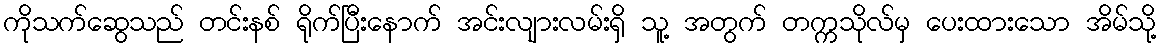
ကိုသက်ဆွေသည် တင်းနစ် ရိုက်ပြီးနောက် အင်းလျားလမ်းရှိ သူ့ အတွက် တက္ကသိုလ်မှ ပေးထားသော အိမ်သို့